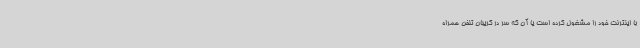
با اینترنت خود را مشغول کرده است یا آن که سر در گریبان تلفن همراه